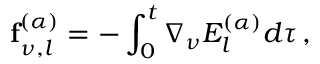
\mathbf { f } _ { \nu , l } ^ { ( \alpha ) } = - \int _ { 0 } ^ { t } \nabla _ { \nu } E _ { l } ^ { ( \alpha ) } d \tau \, ,